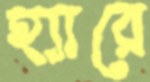
হ্যারে